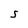
Character: S